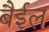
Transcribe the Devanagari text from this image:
बैईल